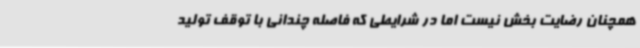
همچنان رضایت بخش نیست اما در شرایطی که فاصله چندانی با توقف تولید